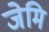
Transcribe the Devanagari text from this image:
जेमि